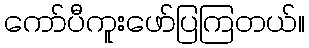
ကော်ပီကူးဖော်ပြကြတယ်။